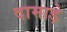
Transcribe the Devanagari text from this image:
दामाड़े